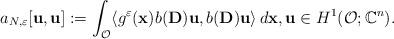
LaTeX: \begin{align*}a_{N,\varepsilon}[\mathbf{u},\mathbf{u}]:=\int _\mathcal{O}\langle g^\varepsilon (\mathbf{x})b(\mathbf{D})\mathbf{u},b(\mathbf{D})\mathbf{u}\rangle \,d\mathbf{x},\mathbf{u}\in H^1(\mathcal{O};\mathbb{C}^n).\end{align*}